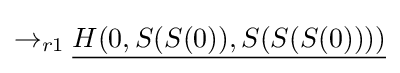
\rightarrow _{r1}{\underline {H(0,S(S(0)),S(S(S(0))))}}